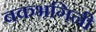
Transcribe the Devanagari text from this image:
बकभगिनी